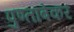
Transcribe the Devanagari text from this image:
पुण्तांबेकर